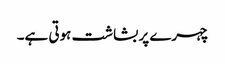
چہرے پر بشاشت ہوتی ہے۔